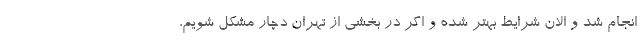
انجام شد و الان شرایط بهتر شده و اگر در بخشی از تهران دچار مشکل شویم،